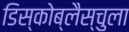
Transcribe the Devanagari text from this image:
डिस्कोब्लैस्चुला